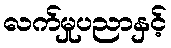
လက်မှုပညာနှင့်